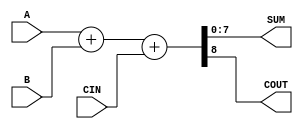
module ParameterizedAdder #(
    parameter WIDTH = 8  // Default width is set to 8 bits
)(
    input  wire [WIDTH-1:0] A,    // First operand
    input  wire [WIDTH-1:0] B,    // Second operand
    input  wire                CIN, // Carry-in (optional)
    output wire [WIDTH-1:0] SUM,   // Sum output
    output wire                COUT   // Carry-out (optional)
);

    // Internal wire for the addition result
    wire [WIDTH:0] full_sum; // One extra bit for carry-out

    // Perform the addition
    assign full_sum = {1'b0, A} + {1'b0, B} + CIN; // Extend A and B to WIDTH+1 for carry
    assign SUM = full_sum[WIDTH-1:0]; // Assign the lower WIDTH bits to SUM
    assign COUT = full_sum[WIDTH]; // Assign the carry-out

endmodule